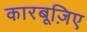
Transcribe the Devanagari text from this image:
कारबूज़िए